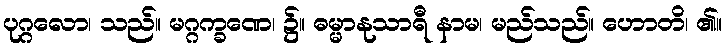
ပုဂ္ဂလော၊ သည်။ မဂ္ဂက္ခဏေ၊ ၌။ ဓမ္မာနုသာရီ နာမ၊ မည်သည်။ ဟောတိ၊ ၏။